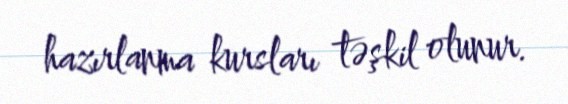
hazırlanma kursları təşkil olunur.